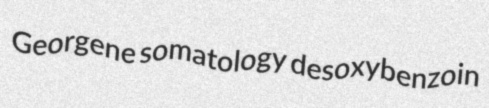
Georgene somatology desoxybenzoin